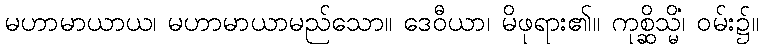
မဟာမာယာယ၊ မဟာမာယာမည်သော။ ဒေဝီယာ၊ မိဖုရား၏။ ကုစ္ဆိသ္မိံ၊ ဝမ်း၌။